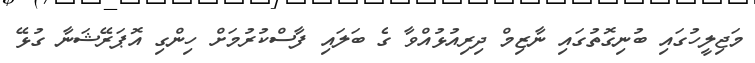
މަޖިލީހުގައި ބުނިގޮތުގައި ނާޒިމް ދިރިއުޅުއްވާ ގެ ބަލައި ފާސްކުރުމަށް ހިންގި އޮޕަރޭޝަނާ ގުޅޭ